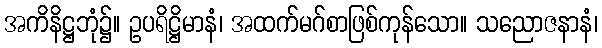
အကိနိဋ္ဌဘုံ၌။ ဥပရိဋ္ဌိမာနံ၊ အထက်မဂ်စာဖြစ်ကုန်သော။ သညောဇနာနံ၊